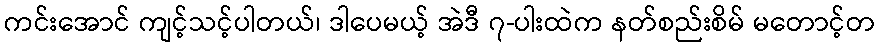
ကင်းအောင် ကျင့်သင့်ပါတယ်၊ ဒါပေမယ့် အဲဒီ ၇-ပါးထဲက နတ်စည်းစိမ် မတောင့်တ